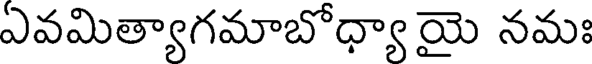
ఏవమిత్యాగమాబోధ్యా యై నమః